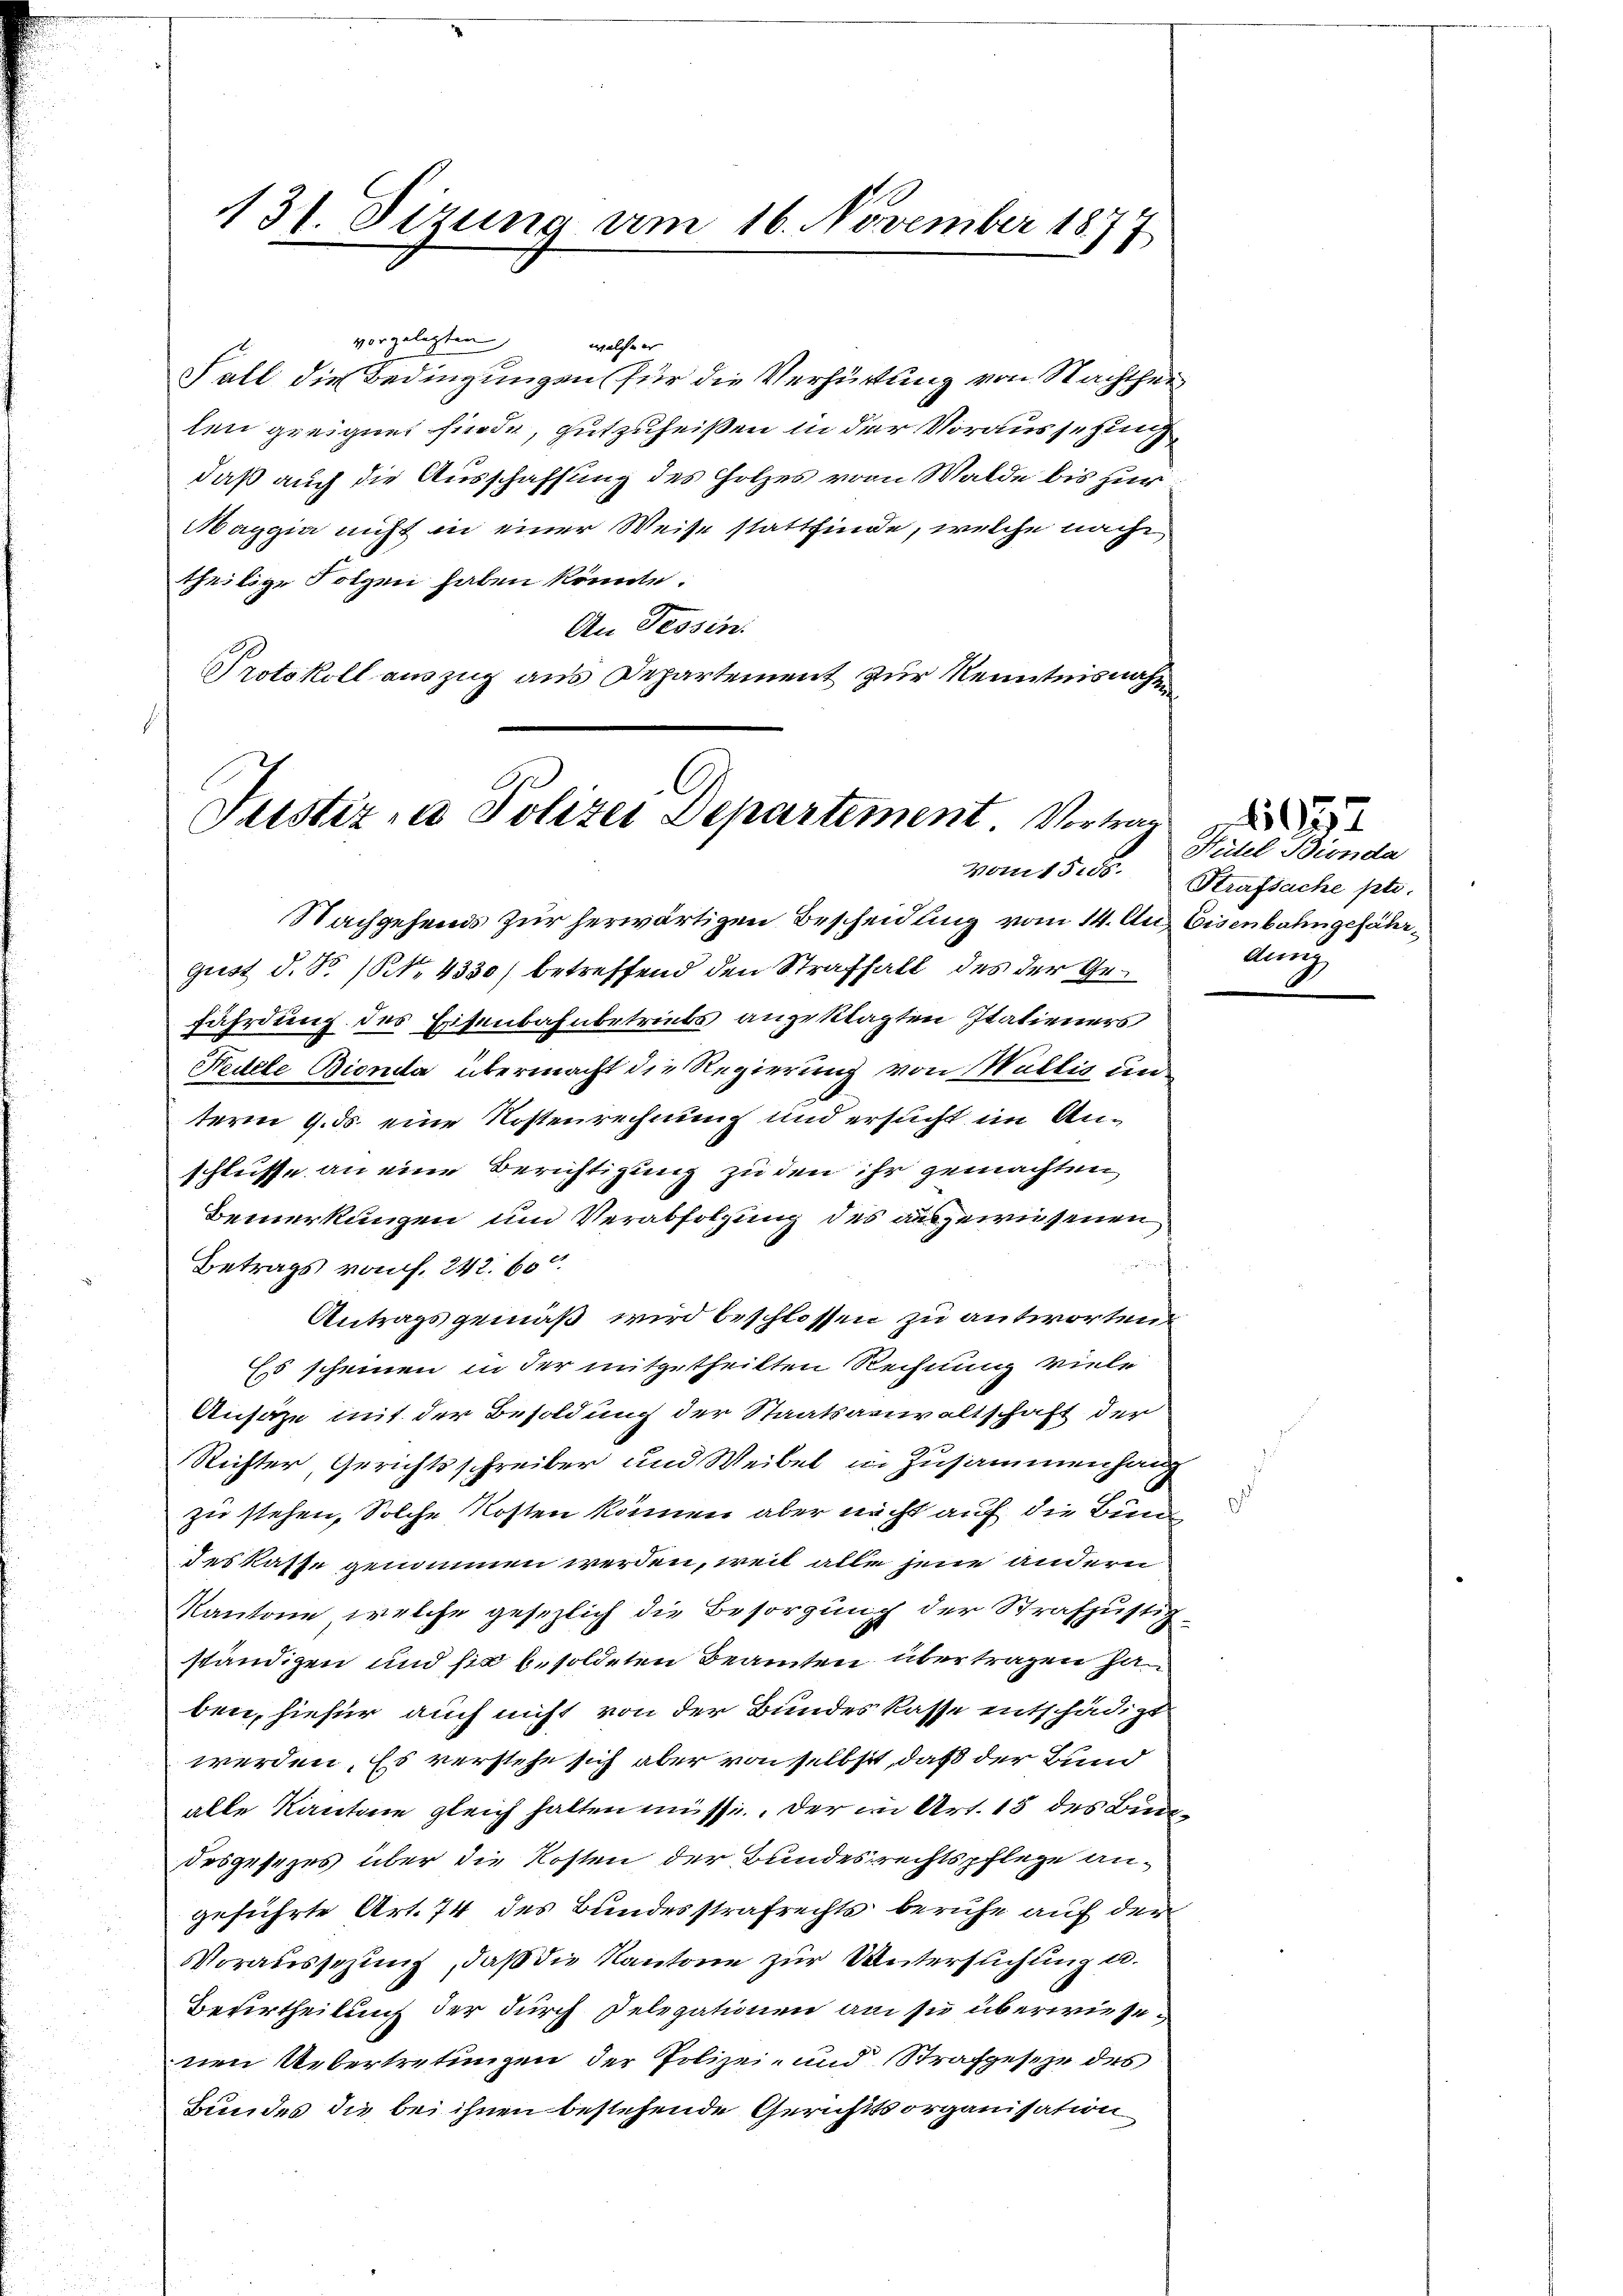
Fall die Bedingungen für die Verhütung von Nachtheil
len geeignet finde, gutzuheißen in der Voraussehung
daß auch die Ausschaffung des Holzes vom Walde bis zur
Maggia nicht in einer Weise stattfinde, welche nach
theilige Folgen haben könnte.
An Tessin.
Protokoll auszug aus Departement zur Kenntnisnahe

Nachgehends zur herwärtigen Bescheidung vom 14. Aug. Eisenbahngefährgust d. So (NNo. 4330) betreffend den Strafhalt des der Gefährdung des Eisenbahnbetriebs angeklagten Itatieners
Hedele Bienda übermacht die Regierung von Wältig dieterm 9. ds. eine Kostenrechnung und ersucht im Anschlusse an eine Berichtigung zu den ihr gemachten
Bemerkungen und Verabfolgung des ausgewiesenen
Betrags von f. 242. 60
Antragsgemäß wird beschlossen zu antworten
Es scheinen in der mitgetheilten Rechnung viele
Ansäze mit der Besoldung der Staatsanwaltschaft der
Richter, Gerichtsschreiber und Weibel in Zusammenhaup
zu stehen, Solche Kosten können aber nicht auf die Bund
deskasse genommen werden, weil alle jene andern
Kantone, welche gesezlich die Besorgung der Strafjustiz-
ständigen und sich besoldeten Beamten übertragen ha
ben, hiefür auch nicht von der Bundes kasse entschädigt
werden. Es verstehe sich aber von selbst, daß der Bund
alle Kantone gleich halten müsse. Der in Art. 18 des Bundesgesezes über die Kosten der Bundesrechtspflege angeführte Art. 74 des Bundesstrafrechts beruhe auf der
Voraussezung, daß die Kantone zur Untersuchung u.
Beurtheilung der durch Delegationen am sie überwiesenen Uebertretungen der Polizei- und Strafgesehe des
Bundes die bei ihnen bestehende Gerichtsorganisation

131. Sizung am 16. November 1877

A
Justiz, Polizei Departement. Vortrag
vom 15. d.

vorgelegten welche er

Hüitel Bionda
Strafsache pti.
aun

1957